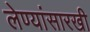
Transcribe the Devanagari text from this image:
लेण्यांसारखी